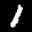
Label: 1